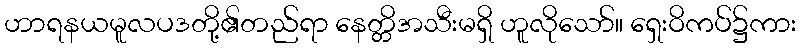
ဟာရနယမူလပဒတို့၏တည်ရာ နေတ္တိအသီးမရှိ ဟူလိုသော်။ ရှေးဝိကပ်၌ကား